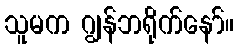
သူမက ဂျွန်ဘရိုက်နော်။